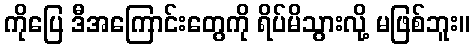
ကိုပြေ ဒီအကြောင်းတွေကို ရိပ်မိသွားလို့ မဖြစ်ဘူး။